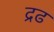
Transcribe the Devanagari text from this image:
द्रढ